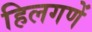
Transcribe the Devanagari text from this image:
हिलगणें